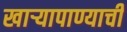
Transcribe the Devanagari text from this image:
खार्‍यापाण्याची